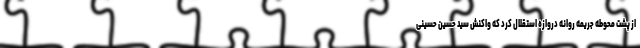
از پشت محوطه جریمه روانه دروازه استقلال کرد که واکنش سید حسین حسینی